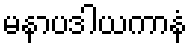
မနာပဒါယကာနံ